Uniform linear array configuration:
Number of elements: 24
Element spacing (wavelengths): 0.25
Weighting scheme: blackman
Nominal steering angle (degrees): -30
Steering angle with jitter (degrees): -29.703
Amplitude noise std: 0.05
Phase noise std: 0.05

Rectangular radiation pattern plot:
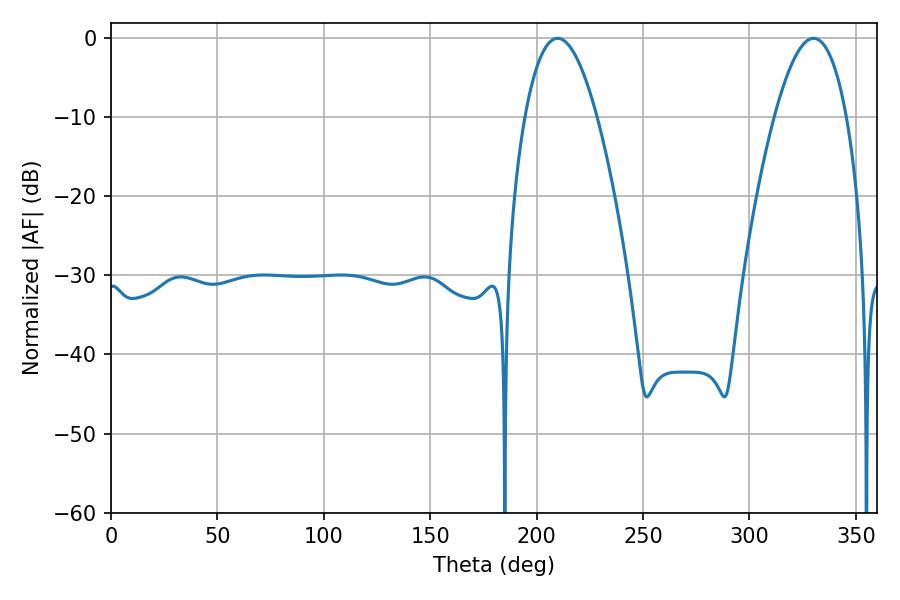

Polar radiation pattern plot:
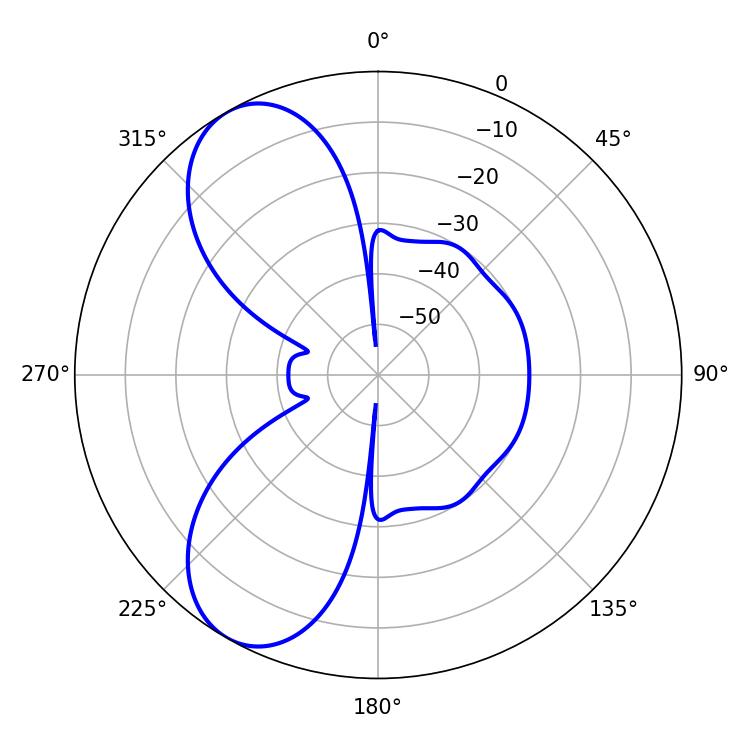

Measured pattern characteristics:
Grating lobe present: FALSE
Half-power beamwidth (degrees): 18.54
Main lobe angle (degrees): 209.88